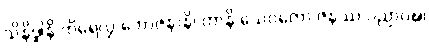
သိနိဒ္ဓါနိ ကိရေလွှ ဘောဇနာနိ၊ တာနိ သေဝတော ဇနဿ ပညာဝဍ္ဎ၊